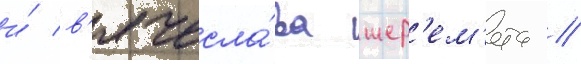
и́ в'ячесла́ва шер'ем'ета /